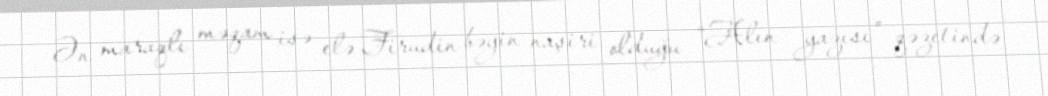
Ən maraqlı məqam isə elə Firudin bəyin naşiri olduğu “Alın yazısı” qəzetində